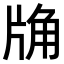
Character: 𧣉